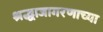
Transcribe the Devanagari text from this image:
श्रद्धाजागरणाच्या